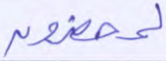
لمحضرون